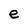
Character: e